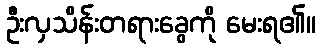
ဦးလှသိန်းတရားခွေကို မေးရ၏။